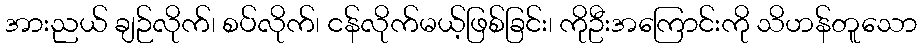
အားညယ် ချဉ်လိုက်၊ စပ်လိုက်၊ ငန်လိုက်မယ့်ဖြစ်ခြင်း၊ ကိုဦးအကြောင်းကို သိဟန်တူသော